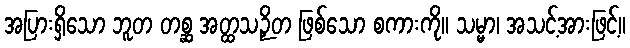
အပြားရှိသော ဘူတ တစ္ဆ အတ္ထသဉှိတ ဖြစ်သော စကားကို။ သမ္မာ၊ အသင့်အားဖြင့်။